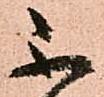
不